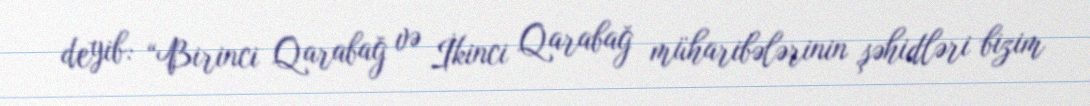
deyib: “Birinci Qarabağ və İkinci Qarabağ müharibələrinin şəhidləri bizim